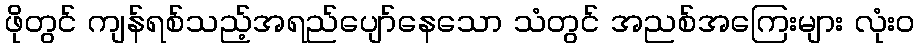
ဖိုတွင် ကျန်ရစ်သည့်အရည်ပျော်နေသော သံတွင် အညစ်အကြေးများ လုံးဝ